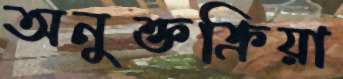
অনুক্তক্রিয়া